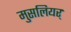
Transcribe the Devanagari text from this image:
मुसलियर्